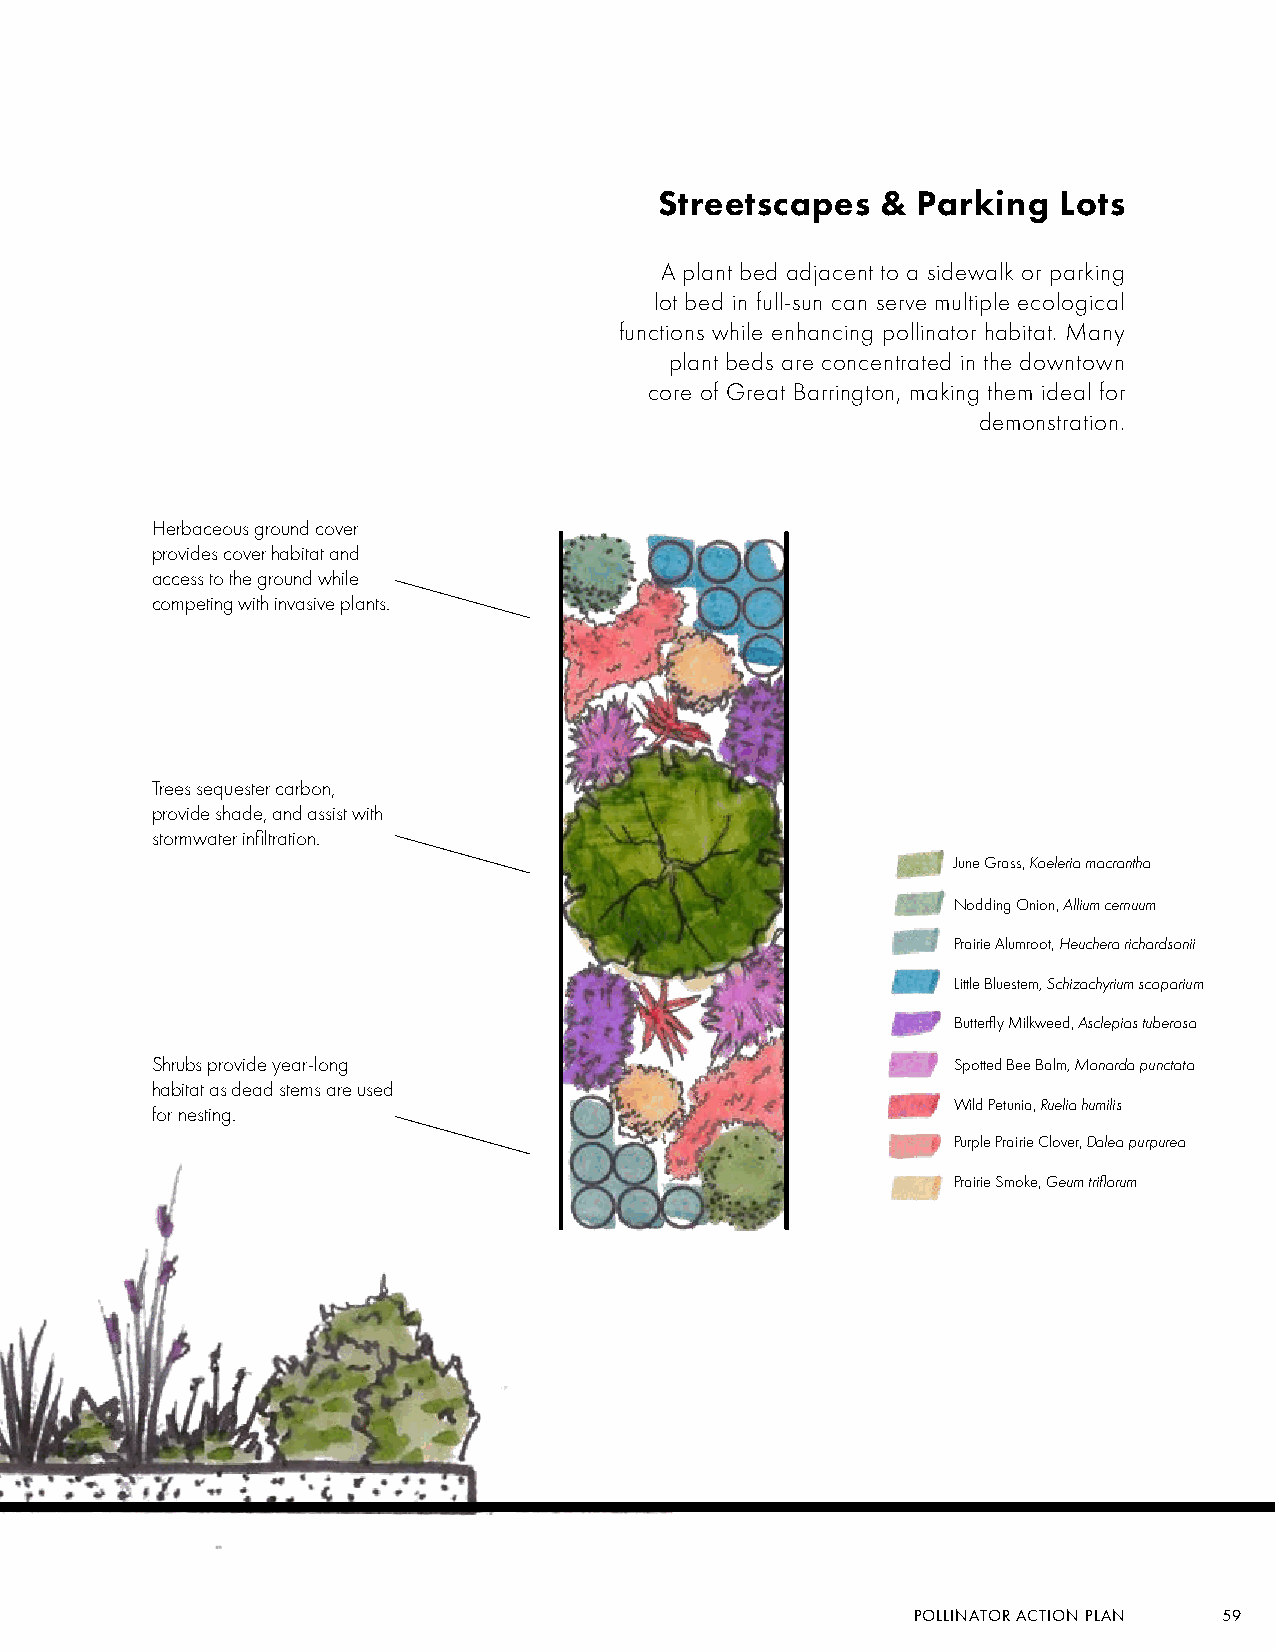
Streetscapes  &  Parking  Lots
 A plant bed adjacent to a sidewalk or parking
 lot bed in full-sun can serve multiple ecological
 functions while enhancing pollinator habitat. Many
 plant beds are concentrated in the downtown
 core of Great Barrington, making them ideal for
 demonstration.
 Herbaceous ground cover
 provides cover habitat and
 access to the ground while
 competing with invasive plants.
 Trees sequester carbon,
 provide shade, and assist with
 stormwater infiltration.
 June Grass, Koeleria macrantha
 Nodding Onion, Allium cernuum
 Prairie Alumroot, Heuchera richardsonii
 Little Bluestem, Schizachyrium scoparium
 Butterfly Milkweed, Asclepias tuberosa
 Shrubs provide year-long                             Spotted Bee Balm, Monarda punctata
 habitat as dead stems are used
 Wild Petunia, Ruelia humilis
 for nesting.
 Purple Prairie Clover, Dalea purpurea
 Prairie Smoke, Geum triflorum
 POLLINATOR ACTION PLAN 59